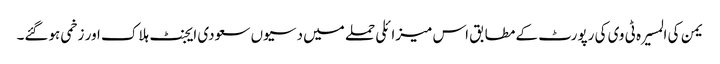
یمن کی المسیرہ ٹی وی کی رپورٹ کے مطابق اس میزائلی حملے میں دسیوں سعودی ایجنٹ ہلاک اور زخمی ہوگئے۔